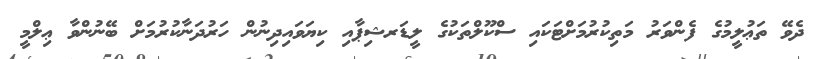
ދެވޭ ތަޢުލީމުގެ ފެންވަރު މަތިކުރުމަށްޓަކައި ސްކޫލްތަކުގެ ލީޑަރޝިޕާއި ކިޔަވައިދިނުން ހަރުދަނާކުރުމަށް ބޭނުންވާ ޢިލްމީ